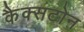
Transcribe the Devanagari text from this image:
कैक्सटोन